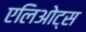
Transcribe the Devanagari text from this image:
एलिओट्स